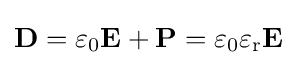
\mathbf {D} =\varepsilon _{0}\mathbf {E} +\mathbf {P} =\varepsilon _{0}\varepsilon _{\mathrm {r} }\mathbf {E}